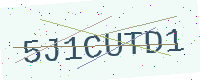
Text: 5J1CUTD1